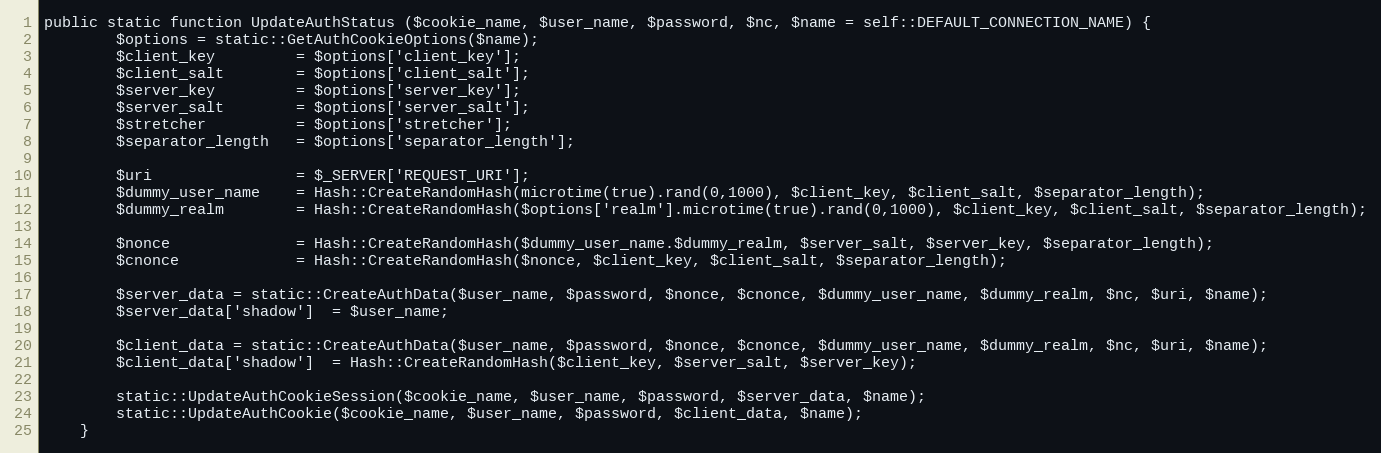
Language: PHP
public static function UpdateAuthStatus ($cookie_name, $user_name, $password, $nc, $name = self::DEFAULT_CONNECTION_NAME) {
		$options = static::GetAuthCookieOptions($name);
		$client_key			= $options['client_key'];
		$client_salt		= $options['client_salt'];
		$server_key			= $options['server_key'];
		$server_salt		= $options['server_salt'];
		$stretcher			= $options['stretcher'];
		$separator_length	= $options['separator_length'];

		$uri				= $_SERVER['REQUEST_URI'];
		$dummy_user_name	= Hash::CreateRandomHash(microtime(true).rand(0,1000), $client_key, $client_salt, $separator_length);
		$dummy_realm		= Hash::CreateRandomHash($options['realm'].microtime(true).rand(0,1000), $client_key, $client_salt, $separator_length);

		$nonce				= Hash::CreateRandomHash($dummy_user_name.$dummy_realm, $server_salt, $server_key, $separator_length);
		$cnonce				= Hash::CreateRandomHash($nonce, $client_key, $client_salt, $separator_length);

		$server_data = static::CreateAuthData($user_name, $password, $nonce, $cnonce, $dummy_user_name, $dummy_realm, $nc, $uri, $name);
		$server_data['shadow']	= $user_name;

		$client_data = static::CreateAuthData($user_name, $password, $nonce, $cnonce, $dummy_user_name, $dummy_realm, $nc, $uri, $name);
		$client_data['shadow']	= Hash::CreateRandomHash($client_key, $server_salt, $server_key);

		static::UpdateAuthCookieSession($cookie_name, $user_name, $password, $server_data, $name);
		static::UpdateAuthCookie($cookie_name, $user_name, $password, $client_data, $name);
	}